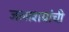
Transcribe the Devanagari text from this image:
जलाशयांची